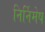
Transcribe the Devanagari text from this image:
निर्निमेष